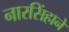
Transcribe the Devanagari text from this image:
नारसिंहाने